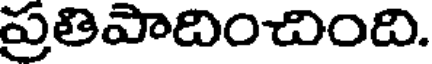
ప్రతిపాదించింది.